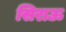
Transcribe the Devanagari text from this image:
सिराऊ